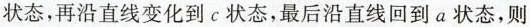
状态，再沿直线变化到c状态，最后沿直线回到a状态，则